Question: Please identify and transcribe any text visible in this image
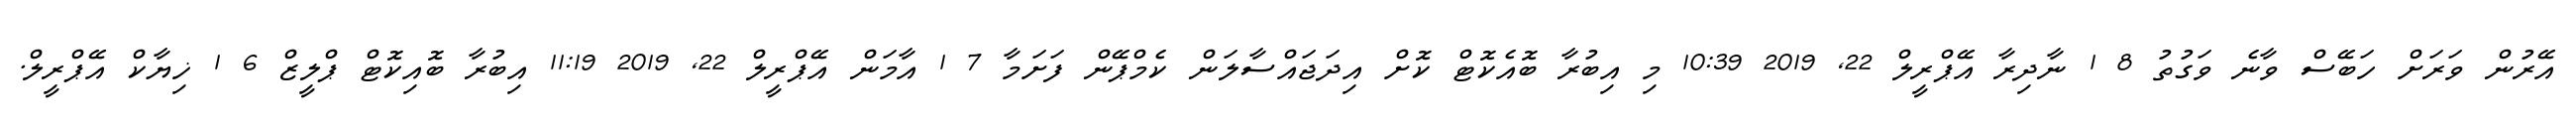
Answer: އޭރުން ވަރަށް ހަބޭސް ވާނެ ވަގުތު 8 1 ނާދިރާ އޭޕްރީލް 22, 2019 10:39 މި އިބުރާ ބޮއެކޮޓް ކޮށް އިދަޖައްސާލަން ކެމްޕޭން ފަށަމާ 7 1 އާމަން އޭޕްރީލް 22, 2019 11:19 އިބުރާ ބޮއިކޮޓް ޕްލީޒް 6 1 ޚިޔާކް އޭޕްރީލް.